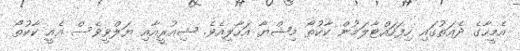
އެމީހާގެ ދެއަތުގައި ހިފަހައްޓާލަމުން ކާކުތޯ މިޝްޔާ އަހާލިއެވެ. ޝިއުރީއާއި ޔަލްވީވެސް އެއީ ކާކުތޯ